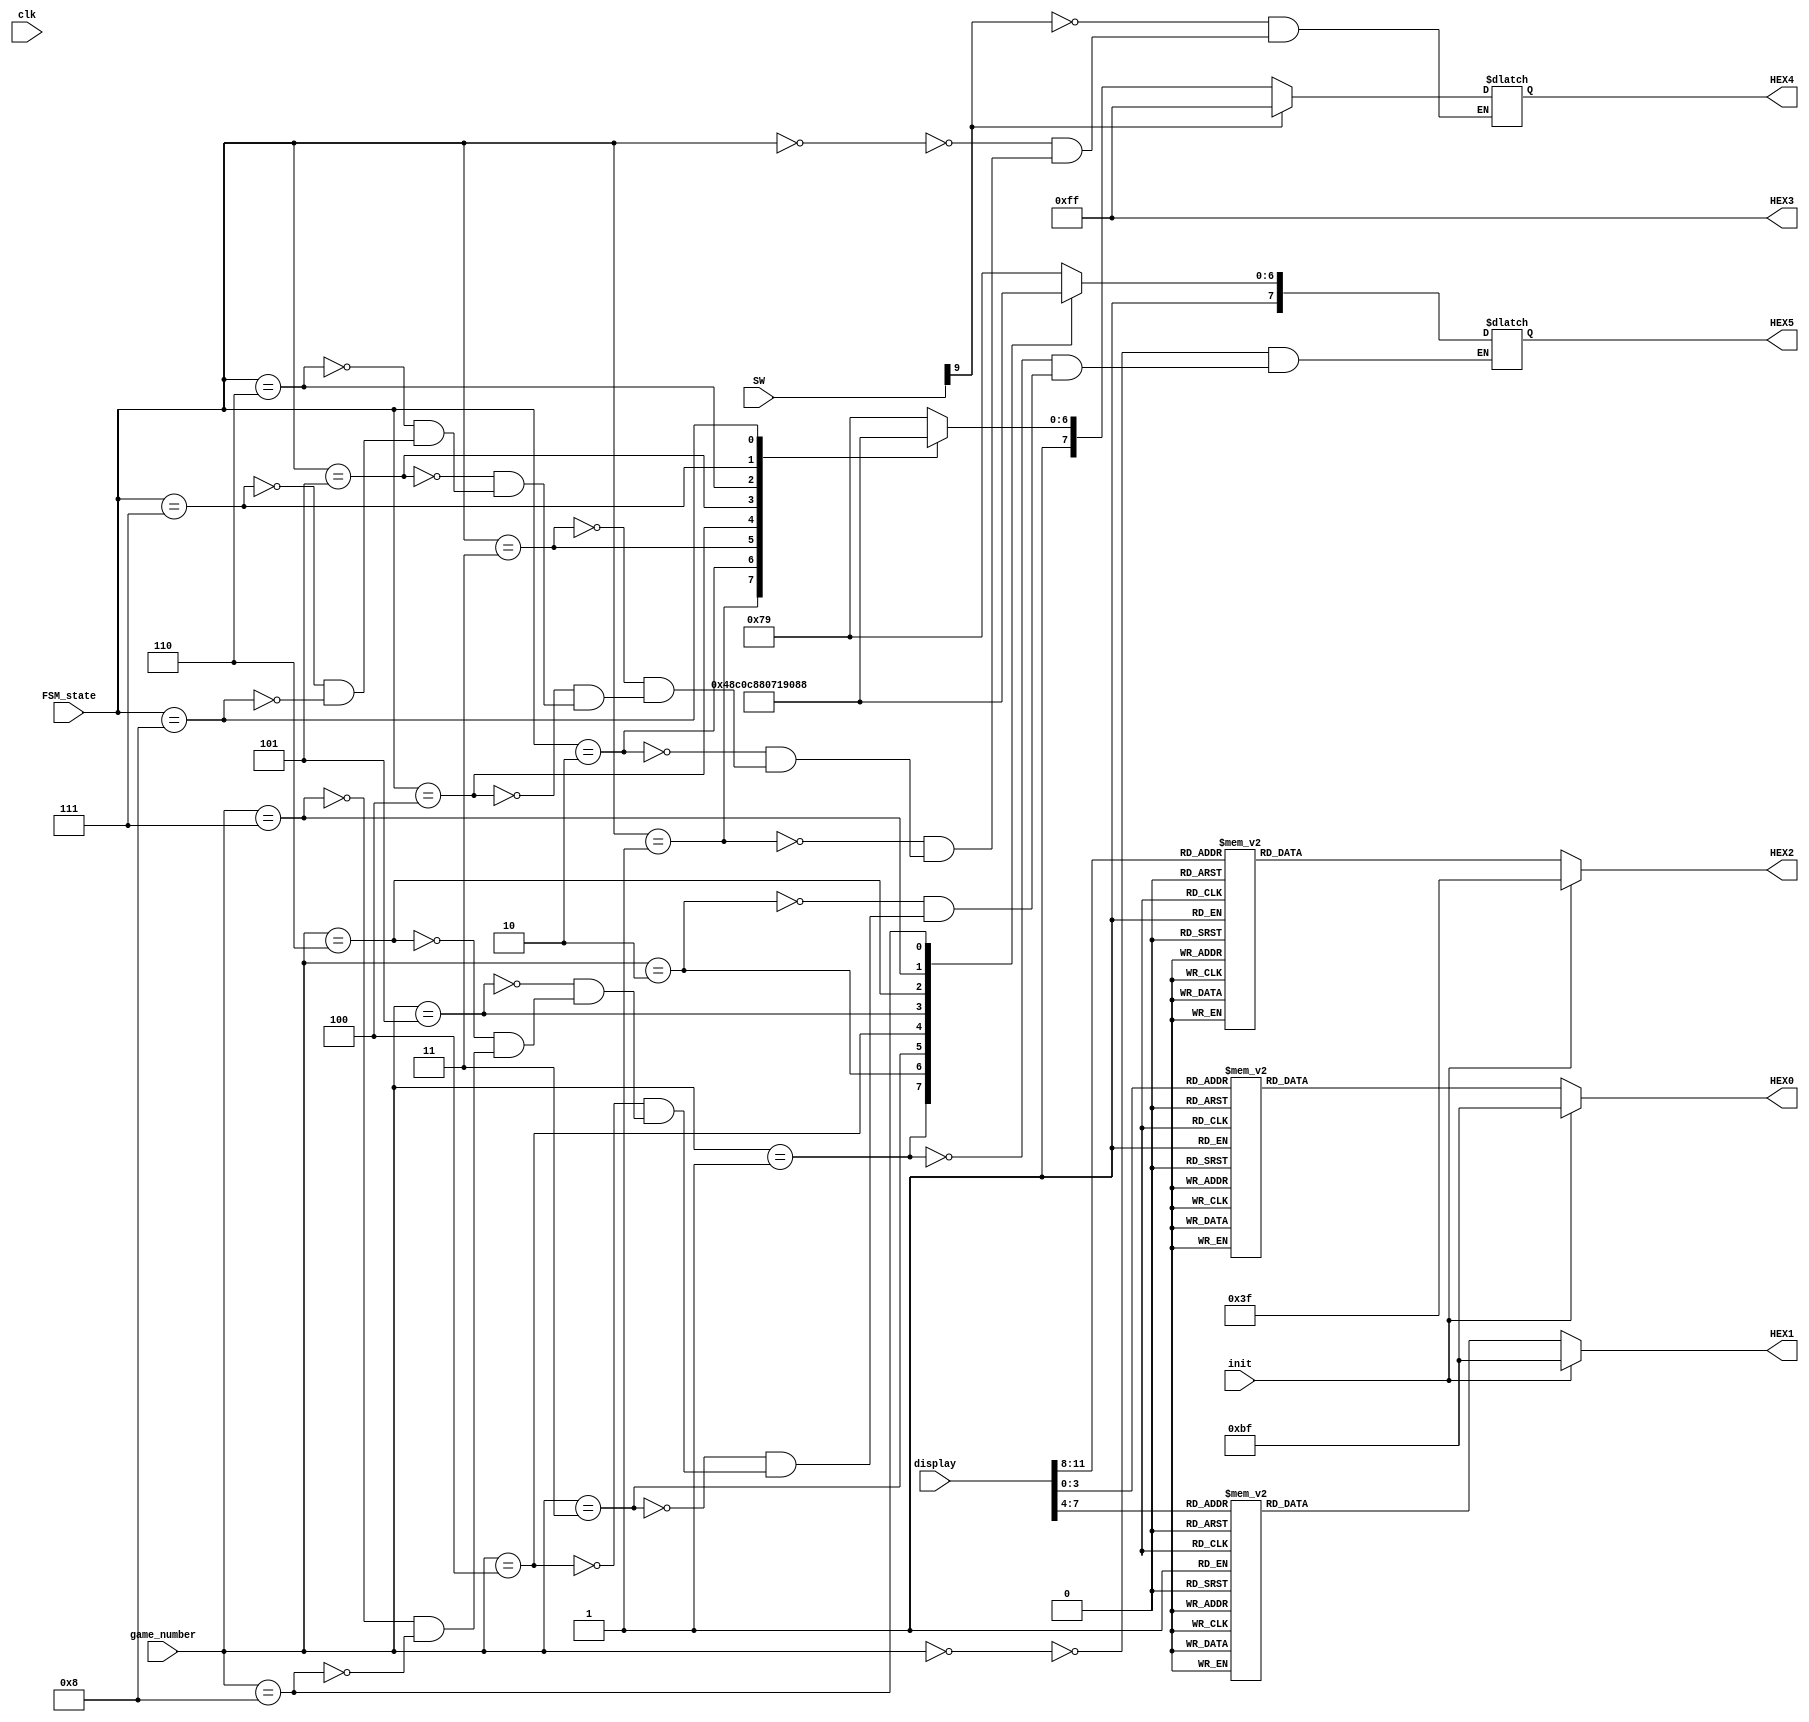
module seg7(

	//////////// SEG7 //////////
	output		     [7:0]		HEX0,
	output		     [7:0]		HEX1,
	output		     [7:0]		HEX2,
	output		     [7:0]		HEX3,
	output		     [7:0]		HEX4,
	output		     [7:0]		HEX5,

	input            [9:0]     SW,
	input                      clk,
	input                      init,
	input            [3:0]     FSM_state, //FSM state
	input            [3:0]     game_number, //game number 1-4
   input 		     [11:0]		display

);



//=======================================================
//  REG/WIRE declarations
//=======================================================

reg [47:0] out;   
  

//=======================================================
//  Structural coding
//=======================================================


always @(*) begin

	 out [31:24]= 8'b11111111; 
	 
	 case (display [3:0])  
	 4'b0000: begin 
	 out [7:0] = 8'b11000000; 
	 end 
	 4'b0001: begin 
	 out [7:0] = 8'b11111001; 
	 end 
	 4'b0010: begin 
	 out [7:0] = 8'b10100100; 
	 end 
	 4'b0011: begin 
	 out [7:0] = 8'b10110000; 
	 end 
	 
	 4'b0100: begin 
	 out [7:0] = 8'b10011001; 
	 end 
	 4'b0101: begin 
	 out [7:0]= 8'b10010010; 
	 end 
	 4'b0110: begin 
	 out [7:0]= 8'b10000010; 
	 end 
	 4'b0111: begin 
	 out [7:0]= 8'b11111000; 
	 end
	 
	 4'b1000: begin 
	 out [7:0]= 8'b10000000; 
	 end 
	 4'b1001: begin 
	 out [7:0]= 8'b10010000; 
	 end 
	 4'b1010: begin 
	 out [7:0]= 8'b10001000; 
	 end 
	 4'b1011: begin 
	 out [7:0]= 8'b10000011; 
	 end
	 
	 4'b1100: begin 
	 out [7:0]= 8'b11000110; 
	 end 
	 4'b1101: begin 
	 out [7:0]= 8'b10100001; 
	 end 
	 4'b1110: begin 
	 out [7:0]= 8'b10000110; 
	 end 
	 4'b1111: begin 
	 out [7:0]= 8'b10001110; 
	 end
	 default: begin 
	 out [7:0]= 8'b11111111; 
	 end 
	 endcase 
	 
	 
	 case (display [7:4])  
	 4'b0000: begin 
	 out [15:8]= 8'b11000000; 
	 end 
	 4'b0001: begin 
	 out [15:8]= 8'b11111001; 
	 end 
	 4'b0010: begin 
	 out [15:8]= 8'b10100100; 
	 end 
	 4'b0011: begin 
	 out [15:8]= 8'b10110000; 
	 end 
	 
	 4'b0100: begin 
	 out [15:8]= 8'b10011001; 
	 end 
	 4'b0101: begin 
	 out [15:8]= 8'b10010010; 
	 end 
	 4'b0110: begin 
	 out [15:8]= 8'b10000010; 
	 end 
	 4'b0111: begin 
	 out [15:8]= 8'b11111000; 
	 end
	 
	 4'b1000: begin 
	 out [15:8]= 8'b10000000; 
	 end 
	 4'b1001: begin 
	 out [15:8]= 8'b10010000; 
	 end 
	 4'b1010: begin 
	 out [15:8]= 8'b10001000; 
	 end 
	 4'b1011: begin 
	 out [15:8]= 8'b10000011; 
	 end
	 
	 4'b1100: begin 
	 out [15:8]= 8'b11000110; 
	 end 
	 4'b1101: begin 
	 out [15:8]= 8'b10100001; 
	 end 
	 4'b1110: begin 
	 out [15:8]= 8'b10000110; 
	 end 
	 4'b1111: begin 
	 out [15:8]= 8'b10001110; 
	 end
	 default: begin 
	 out [15:8]= 8'b11111111; 
	 end 
	 endcase 
	 
	 
	 case (display [11:8])  
	 4'b0000: begin 
	 out [23:16]= 8'b01000000; 
	 end 
	 4'b0001: begin 
	 out [23:16]= 8'b01111001; 
	 end 
	 4'b0010: begin 
	 out [23:16]= 8'b00100100; 
	 end 
	 4'b0011: begin 
	 out [23:16]= 8'b00110000; 
	 end 
	 
	 4'b0100: begin 
	 out [23:16]= 8'b00011001; 
	 end 
	 4'b0101: begin 
	 out [23:16]= 8'b00010010; 
	 end 
	 4'b0110: begin 
	 out [23:16]= 8'b00000010; 
	 end 
	 4'b0111: begin 
	 out [23:16]= 8'b01111000; 
	 end
	 
	 4'b1000: begin 
	 out [23:16]= 8'b00000000; 
	 end 
	 4'b1001: begin 
	 out [23:16]= 8'b00010000; 
	 end 
	 4'b1010: begin 
	 out [23:16]= 8'b00001000; 
	 end 
	 4'b1011: begin 
	 out [23:16]= 8'b00000011; 
	 end
	 
	 4'b1100: begin 
	 out [23:16]= 8'b01000110; 
	 end 
	 4'b1101: begin 
	 out [23:16]= 8'b00100001; 
	 end 
	 4'b1110: begin 
	 out [23:16]= 8'b00000110; 
	 end 
	 4'b1111: begin 
	 out [23:16]= 8'b00001110; 
	 end
	 default: begin 
	 out [23:16]= 8'b11111111; 
	 end 
	 endcase 
	 


	 case (FSM_state)
	 4'h0: begin out[47:40] = 8'b1111_1001; end
	 4'h1: begin out[47:40] = 8'b1010_0100; end
	 4'h2: begin out[47:40] = 8'b1011_0000; end
	 4'h3: begin out[47:40] = 8'b1001_1001; end
	 4'h4: begin out[47:40] = 8'b1000_1000; end
	 4'h5: begin out[47:40] = 8'b1000_0011; end
	 4'h6: begin out[47:40] = 8'b1100_0110; end
	 4'h7: begin out[47:40] = 8'b1010_0001; end
	 4'h8: begin out[47:40] = 8'b1000_0110; end
	 endcase
	 
	 case (game_number)
	 4'h0: begin out[39:32] = 8'b1111_1001; end
	 4'h1: begin out[39:32] = 8'b1010_0100; end
	 4'h2: begin out[39:32] = 8'b1011_0000; end
	 4'h3: begin out[39:32] = 8'b1001_1001; end
	 	 
	 4'h4: begin out[39:32] = 8'b1000_1000; end
	 4'h5: begin out[39:32] = 8'b1000_0011; end
	 4'h6: begin out[39:32] = 8'b1100_0110; end
	 4'h7: begin out[39:32] = 8'b1010_0001; end
	 4'h8: begin out[39:32] = 8'b1000_0110; end
	 endcase
 
 
    if (init == 1'b1) begin 
	 out [7:0] = 8'b1011_1111;
	 out[15:8] = 8'b1011_1111;
	 out[23:16] = 8'b0011_1111;
	 out[31:24] = 8'b1111_1111; 
//	 out[31:24] = 8'b1011_1111;
//	 out[39:32] = 8'b1111_1111;
//	 out[47:40] = 8'b1111_1111;
	 end 	 

	 if (SW[9] == 1'b1) begin
	 out[47:40] = 8'b1111_1111;
	 end
 end 
 

assign HEX0[7:0]=out[7:0];
assign HEX1[7:0]=out[15:8];
assign HEX2[7:0]=out[23:16];
assign HEX3[7:0]=out[31:24];
//assign HEX4[7:0]= out[39:32];
//assign HEX5[7:0]= out[47:40];
assign HEX5[7:0]= out[39:32];
assign HEX4[7:0]= out[47:40];

endmodule